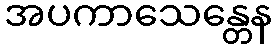
အပကာသေန္တေန